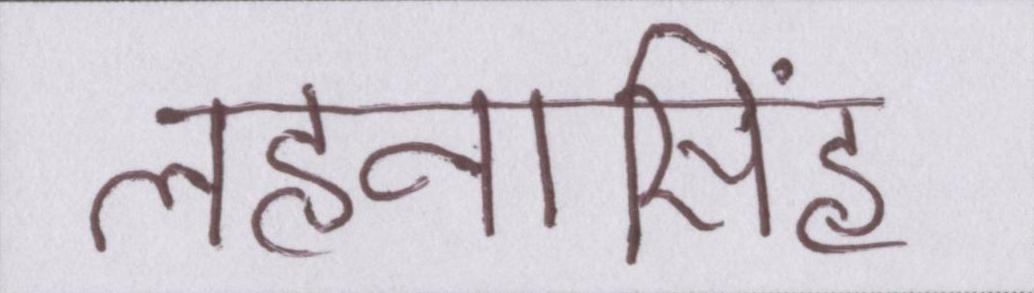
लहनासिंह